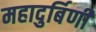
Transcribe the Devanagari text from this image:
महादुर्बिणी